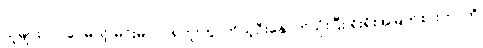
သူများလုပ်ပေမယ့် မင်းမလုပ်ရဘူးကွ၊ ကိုယ့်ဦးနှောက်သုံးပြီး ရိုးရိုးအမြတ်စားတာကို